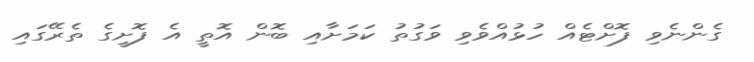
ގެންނެވި ފޮށްޓެއް ހުޅުއްވެވި ވަގުތު ކަމަށާއި ބޮން އޮތީ އެ ފޮށީގެ ތެރޭގައި